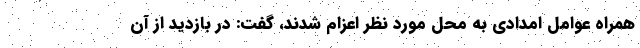
همراه عوامل امدادی به محل مورد نظر اعزام شدند، گفت: در بازدید از آن